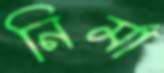
নির্মা